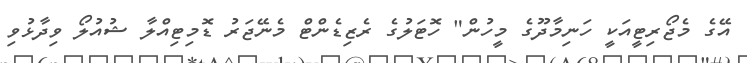
އޭގެ މެޖޯރިޓީއަކީ ހަނިމާދޫގެ މީހުން" ހޮޓަލުގެ ރެޒިޑެންޓް މެނޭޖަރު ޑޮމިޓިއްލާ ޝުއުލޯ ވިދާޅުވި